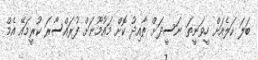
ބަލަ ކަލެއަށް ހީވަނީތަ ނަސީދަށް ތާއިދު ކޮށް މައުމޫނަށް ފުރައްސާރަ ކުރީމައޭ އެމް